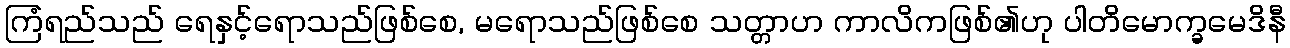
ကြံရည်သည် ရေနှင့်ရောသည်ဖြစ်စေ, မရောသည်ဖြစ်စေ သတ္တာဟ ကာလိကဖြစ်၏ဟု ပါတိမောက္ခမေဒိနီ